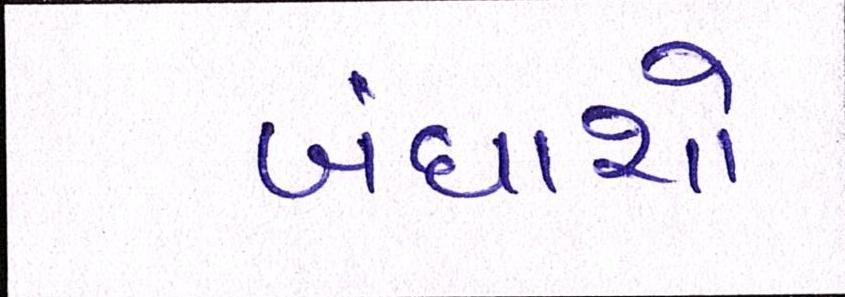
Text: બંધાશો